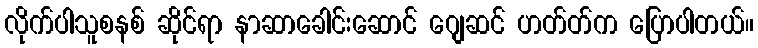
လိုက်ပါသူစနစ် ဆိုင်ရာ နာဆာခေါင်းဆောင် ဂျေဆင် ဟတ်တ်က ပြောပါတယ်။